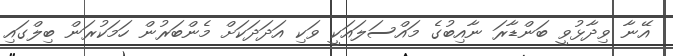
އޭނާ ވިދާޅުވީ ބަންޑާރަ ނާއިބުގެ މައްސަލައަކީ ވަކި އަދަދަކަށް މެންބަރުން ހަމަކުރަން ބިލްގައިި